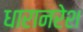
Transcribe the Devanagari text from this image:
धारानरेश